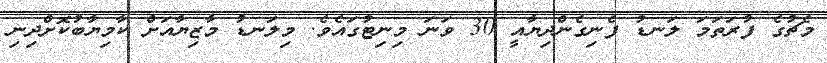
މެޗުގެ ފުރަތަމަ ލަނޑު ފެނިގެންދިޔާއީ 30 ވަނަ މިނިޓުގައެވެ. މިލަނޑު މާޒިޔާއަށް ކާމިޔާބުކޮށްދިނި